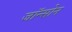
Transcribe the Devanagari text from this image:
जॉन्सोन